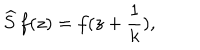
\widehat { S } \, f ( z ) = f ( z + \frac { 1 } { k } ) ,